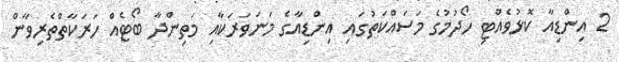
2 އިންޑިއާ ކޮޅުވެއްޓި ހޯދުމުގެ މަސައްކަތުގައި އިންޑިއާގެ މަނަވަރަކާއި މަތިންދާ ބޯޓެއް ހަރަކާތްތެރިވާން